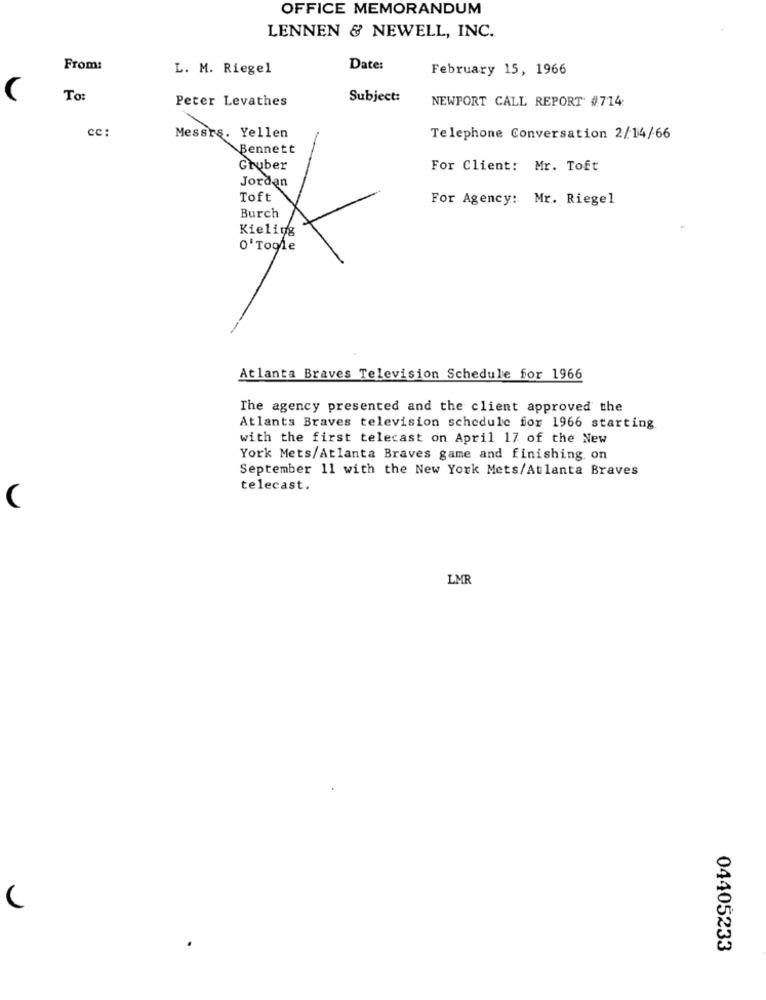
OFFICE MEMORANDUM
LENNEN & NEWELL, INC.
From:
L. M. Riegel
Date:
February 15, 1966
To
Peter Levathes
Subject:
NEWPORT CALL REPORT #714
cc :
Messrs. Yellen
Telephone Conversation 2/14/66
Bennett
Gruber
For Client: Mr. Toft
Jordan
Toft
For Agency: Mr. Riegel
Burch
Kieling
0'Togle
Atlanta Braves Television Schedule for 1966
The agency presented and the client approved the
Atlanta Braves television schedule for 1966 starting
with the first telecast on April 17 of the New
York Mets/Atlanta Braves game and finishing, on
September 11 with the New York Mets/Atlanta Braves
telecast.
(
LMR
04405233